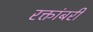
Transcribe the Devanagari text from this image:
रक्तांबरी